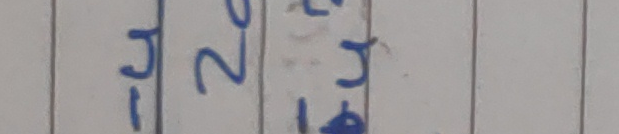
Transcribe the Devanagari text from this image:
- ५, २०, ५